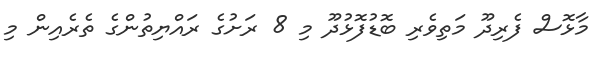
މާޅޮސް ފެރިދޫ މަތިވެރި ބޮޑުފޮޅުދޫ މި 8 ރަށުގެ ރައްޔިތުންގެ ތެރެއިން މި